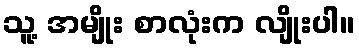
သူ့ အမျိုး စာလုံးက လျိုးပါ။